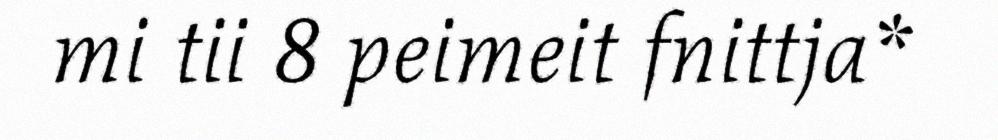
mi tii 8 peimeit fnittja*